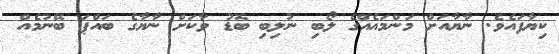
ކިޔާފައެވެ. ނާޔާއަށް މަންމައެއްގެ ލޯބި ނުލިބި ބޮޑު ވާކަށް ނާޔާގެ ބައްޕަ ބޭނުމެއް